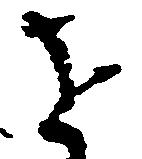
を